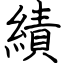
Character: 績